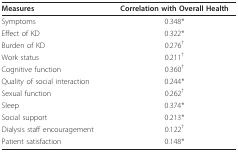
<table><thead><tr><td><b>Measures</b></td><td><b>Correlation with Overall Health</b></td></tr></thead><tbody><tr><td>Symptoms</td><td>0.348*</td></tr><tr><td>Effect of KD</td><td>0.322*</td></tr><tr><td>Burden of KD</td><td>0.276<sup>†</sup></td></tr><tr><td>Work status</td><td>0.211<sup>†</sup></td></tr><tr><td>Cognitive function</td><td>0.360<sup>†</sup></td></tr><tr><td>Quality of social interaction</td><td>0.244*</td></tr><tr><td>Sexual function</td><td>0.262<sup>†</sup></td></tr><tr><td>Sleep</td><td>0.374*</td></tr><tr><td>Social support</td><td>0.213*</td></tr><tr><td>Dialysis staff encouragement</td><td>0.122<sup>†</sup></td></tr><tr><td>Patient satisfaction</td><td>0.148*</td></tr></tbody></table>